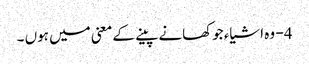
4 - وہ اشیاء جوکھانے پینے کے معنی میں ہوں ۔